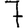
Digit: 7